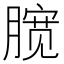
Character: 𣎑